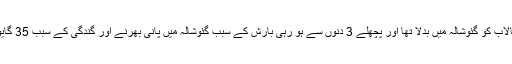
گرام پردھان نے تالاب کو گئوشالہ میں بدلا تھا اور پچھلے 3 دنوں سے ہو رہی بارش کے سبب گئوشالہ میں پانی بھرنے اور گندگی کے سبب 35 گایوں کی موت ہوئی۔